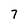
Character: 7